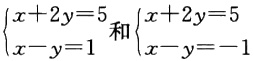
\(\begin{cases}x + 2y = 5 \\x - y = 1\end{cases}\) 和 \(\begin{cases}x + 2y = 5 \\x - y = -1\end{cases}\)